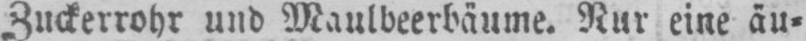
Zuckerrohr und Maulbeerbäume. Nur eine äu⸗